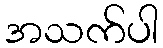
အသက်ပါ